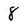
Character: 8